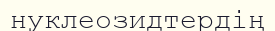
нуклеозидтердің